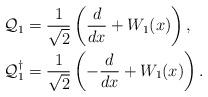
LaTeX: \begin{align*} \mathcal{Q}_1 &= \frac{1}{\sqrt{2}}\left(\frac{d}{dx} + W_1(x)\right), \\ \mathcal{Q}_1^{\dagger} &= \frac{1}{\sqrt{2}} \left(-\frac{d}{dx} + W_1(x)\right).\end{align*}